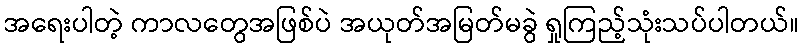
အရေးပါတဲ့ ကာလတွေအဖြစ်ပဲ အယုတ်အမြတ်မခွဲ ရှုကြည့်သုံးသပ်ပါတယ်။